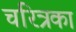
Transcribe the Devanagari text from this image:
चरित्रका